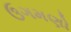
ઉગમણો